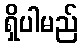
ရှိပါမည်